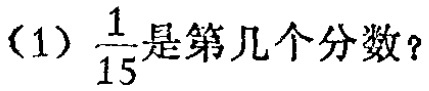
(1)$\frac{1}{15}$是第几个分数？